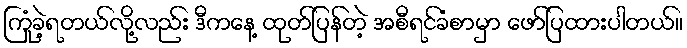
ကြုံခဲ့ရတယ်လို့လည်း ဒီကနေ့ ထုတ်ပြန်တဲ့ အစီရင်ခံစာမှာ ဖော်ပြထားပါတယ်။